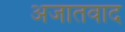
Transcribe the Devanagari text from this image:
अजातवाद